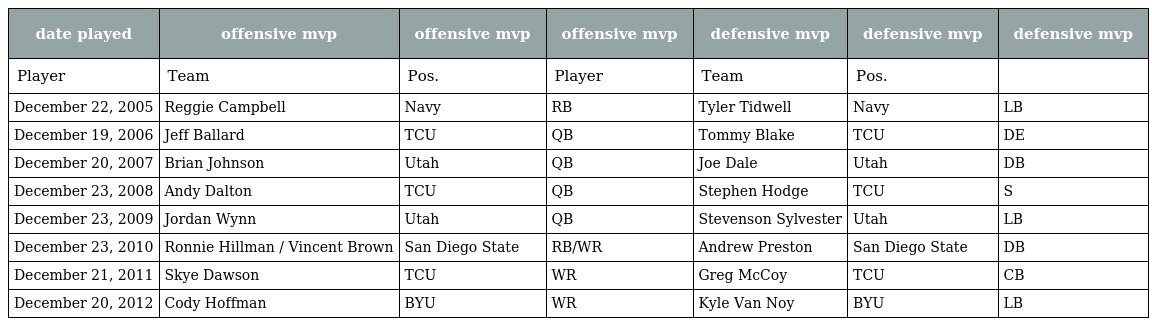
| date played | offensive mvp | offensive mvp | offensive mvp | defensive mvp | defensive mvp | defensive mvp |
 | --- | --- | --- | --- | --- | --- | --- |
 | Player | Team | Pos. | Player | Team | Pos. |  |
 | December 22, 2005 | Reggie Campbell | Navy | RB | Tyler Tidwell | Navy | LB |
 | December 19, 2006 | Jeff Ballard | TCU | QB | Tommy Blake | TCU | DE |
 | December 20, 2007 | Brian Johnson | Utah | QB | Joe Dale | Utah | DB |
 | December 23, 2008 | Andy Dalton | TCU | QB | Stephen Hodge | TCU | S |
 | December 23, 2009 | Jordan Wynn | Utah | QB | Stevenson Sylvester | Utah | LB |
 | December 23, 2010 | Ronnie Hillman / Vincent Brown | San Diego State | RB/WR | Andrew Preston | San Diego State | DB |
 | December 21, 2011 | Skye Dawson | TCU | WR | Greg McCoy | TCU | CB |
 | December 20, 2012 | Cody Hoffman | BYU | WR | Kyle Van Noy | BYU | LB |